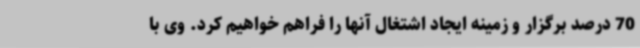
70 درصد برگزار و زمینه ایجاد اشتغال آنها را فراهم خواهیم کرد. وی با